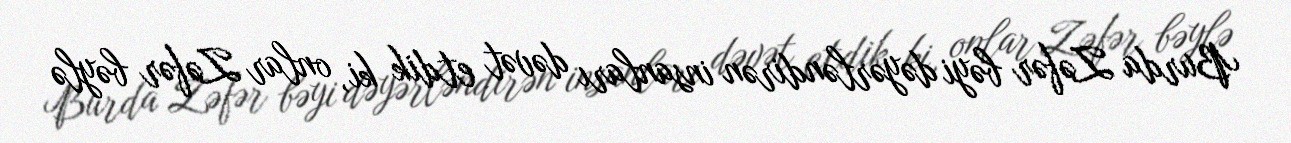
Burda Zəfər bəyi dəyərləndirən insanları dəvət etdik ki, onlar Zəfər bəylə